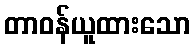
တာဝန်ယူထားသော